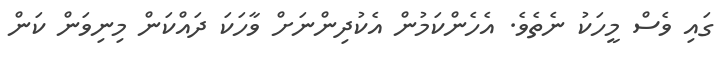
ގައި ވެސް މީހަކު ނެތެވެ. އެހެންކަމުން އެކުދިންނަށް ވާހަކަ ދައްކަން މިނިވަން ކަން